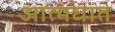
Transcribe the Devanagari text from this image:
आत्‍मघात